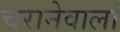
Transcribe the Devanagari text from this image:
चरानेवालों